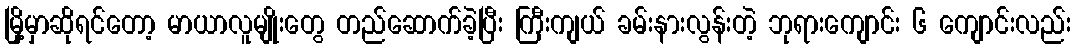
မြို့မှာဆိုရင်တော့ မာယာလူမျိုးတွေ တည်ဆောက်ခဲ့ပြီး ကြီးကျယ် ခမ်းနားလွန်းတဲ့ ဘုရားကျောင်း ၆ ကျောင်းလည်း